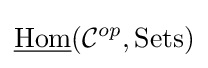
{\underline {\text{Hom}}}({\mathcal {C}}^{op},{\text{Sets}})